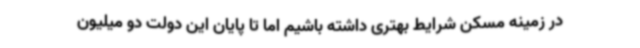
در زمینه مسکن شرایط بهتری داشته باشیم اما تا پایان این دولت دو میلیون